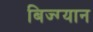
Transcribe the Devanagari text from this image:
बिज्ग्यान